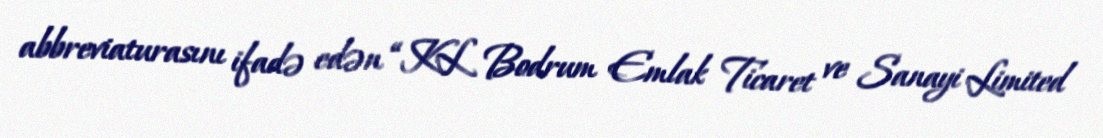
abbreviaturasını ifadə edən “KL Bodrum Emlak Ticaret ve Sanayi Limited